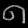
Digit: ၈